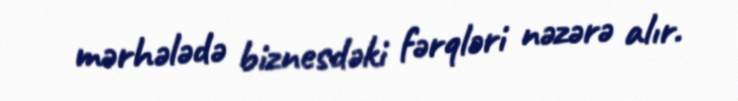
mərhələdə biznesdəki fərqləri nəzərə alır.